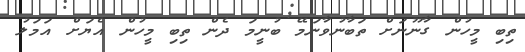
ތިބި މީހުން ގާނޫނަށް ތަބާނުވާނަމޭ ބުނީމަ ދެން ތިބި މީހުން އެޔަށް އަމަލު